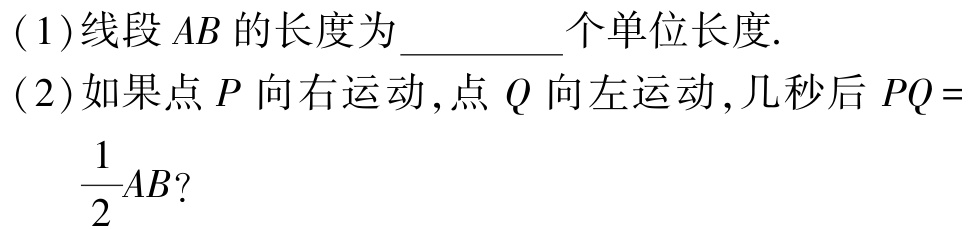
(1)线段 \(AB\) 的长度为__________个单位长度.

(2)如果点 \(P\) 向右运动, 点 \(Q\) 向左运动, 几秒后 \(PQ = \frac{1}{2}AB\)?